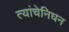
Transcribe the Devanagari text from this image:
त्यांचेनिधन